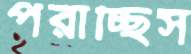
পরাচ্ছিস